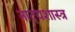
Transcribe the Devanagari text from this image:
नाट्‍यशास्त्र